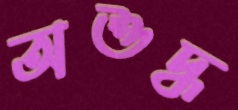
অশুদ্ধ